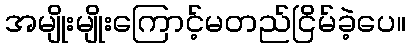
အမျိုးမျိုးကြောင့်မတည်ငြိမ်ခဲ့ပေ။